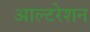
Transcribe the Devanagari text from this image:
आल्टरेशन